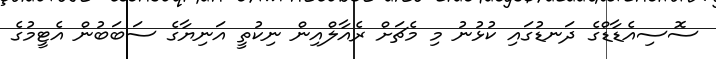
ސޮސިއެޑާޑްގެ ދަނޑުގައި ކުޅުނު މި މެޗަށް ރެއާލްއިން ނިކުތީ އަނިޔާގެ ސަބަބުން އެޓީމުގެ